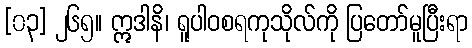
[၀၃] ၂၆၅။ ဣဒါနိ၊ ရူပါဝစရကုသိုလ်ကို ပြတော်မူပြီးရာ